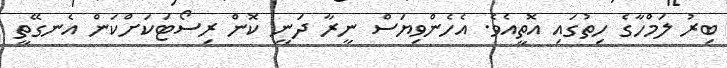
ބިރު ލަމްހާގެ ހިތުގައި އޮތީއެވެ. އެހެންވިޔަސް ނީރާ ދަނީ ކޮން ރިސޯޓަކަށްކަން އެނގޭތީ